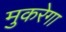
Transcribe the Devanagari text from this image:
मुकरेगा